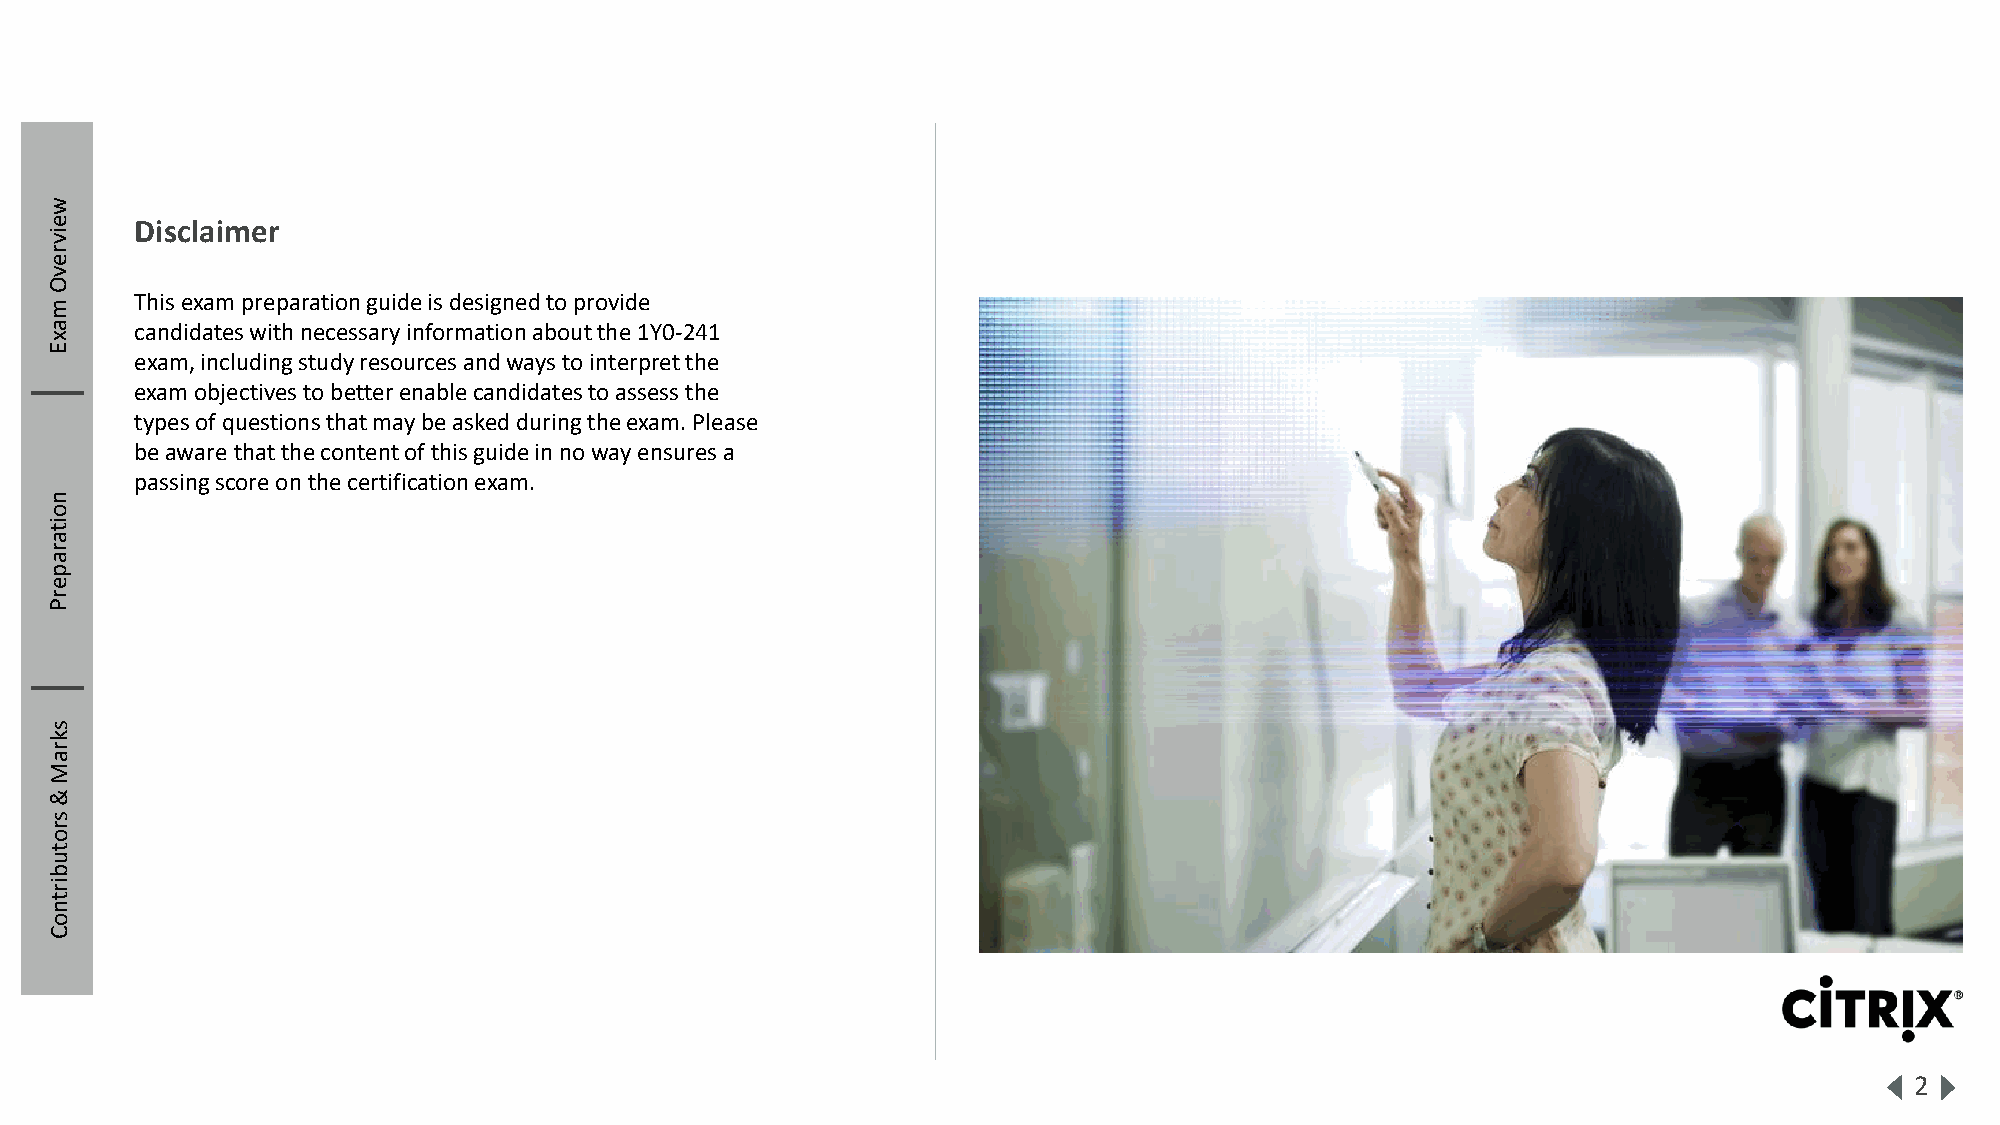
w
 e     Disclaimer
 iv
 r
 e
 v
 O
 m
 This exam preparation guide is designed to provide
 a     candidates with necessary information about the 1Y0-241
 x
 E
 exam, including study resources and ways to interpret the
 exam objectives to better enable candidates to assess the
 types of questions that may be asked during the exam. Please
 be aware that the content of this guide in no way ensures a
 passing score on the certification exam.
 n
 o
 it
 a
 r
 a
 p
 e
 r
 P
 s
 k
 r
 a
 M
 &
 s
 r
 o
 t
 u
 b
 ir
 t
 n
 o
 C
 2